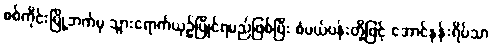
စစ်ကိုင်းမြို့ဘက်မှ သွားရောက်ယှဉ်ပြိုင်ရမည်ဖြစ်ပြီး စံပယ်ပန်းတို့ဖြင့် အောင်နန်းရိပ်သာ